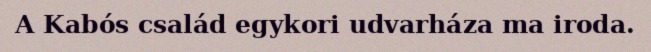
A Kabós család egykori udvarháza ma iroda.